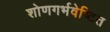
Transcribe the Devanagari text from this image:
शोणगर्भवेष्टित